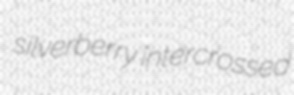
silverberry intercrossed